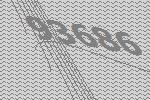
93686